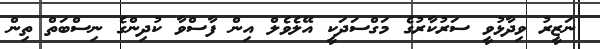
ނަޒީރު ވިދާޅުވީ ސަރުކާރުގެ މަގްސަދަކީ އޭލެވެލް އިން ފާސްވާ ކުދިންގެ ނިސްބަތް ތިން